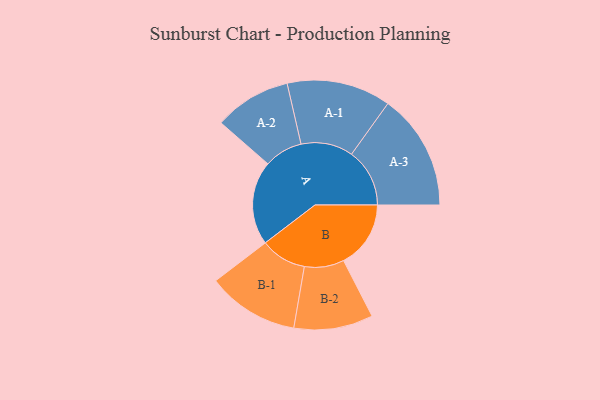
{"axis": {"x": "Segment", "y": "Value"}, "legend": ["", "A", "B"], "data": [{"x": "A", "y": 371, "type": ""}, {"x": "B", "y": 297, "type": ""}, {"x": "A-1", "y": 230, "type": "A"}, {"x": "A-2", "y": 170, "type": "A"}, {"x": "A-3", "y": 257, "type": "A"}, {"x": "B-1", "y": 203, "type": "B"}, {"x": "B-2", "y": 175, "type": "B"}]}